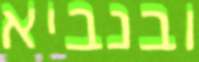
ובנביא